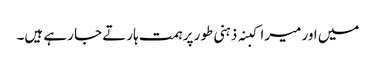
میں اور میرا کبنہ ذہنی طور پر ہمت ہارتے جا رہے ہیں۔